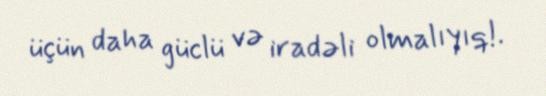
üçün daha güclü və iradəli olmalıyıq!.